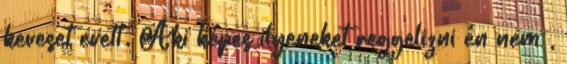
keveset evett. Aki képes ilyeneket reggelizni én nem ,